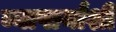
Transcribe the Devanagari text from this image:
व्यापार्यांशी